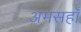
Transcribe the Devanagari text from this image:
अमसहाँ